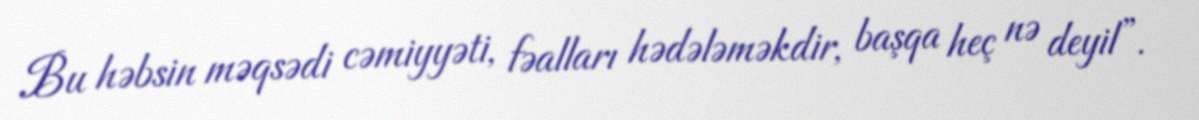
Bu həbsin məqsədi cəmiyyəti, fəalları hədələməkdir, başqa heç nə deyil”.